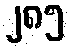
၂၈၅